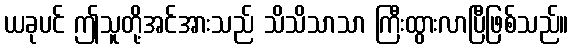
ယခုပင် ဤသူတို့အင်အားသည် သိသိသာသာ ကြီးထွားလာပြီဖြစ်သည်။